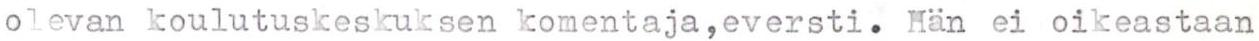
olevan koulutuskeskuksen komentaja,eversti. Hän ei oikeastaan